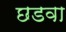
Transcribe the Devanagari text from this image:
छडवा